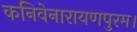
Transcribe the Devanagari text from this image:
कनिवेनारायणपुरम।